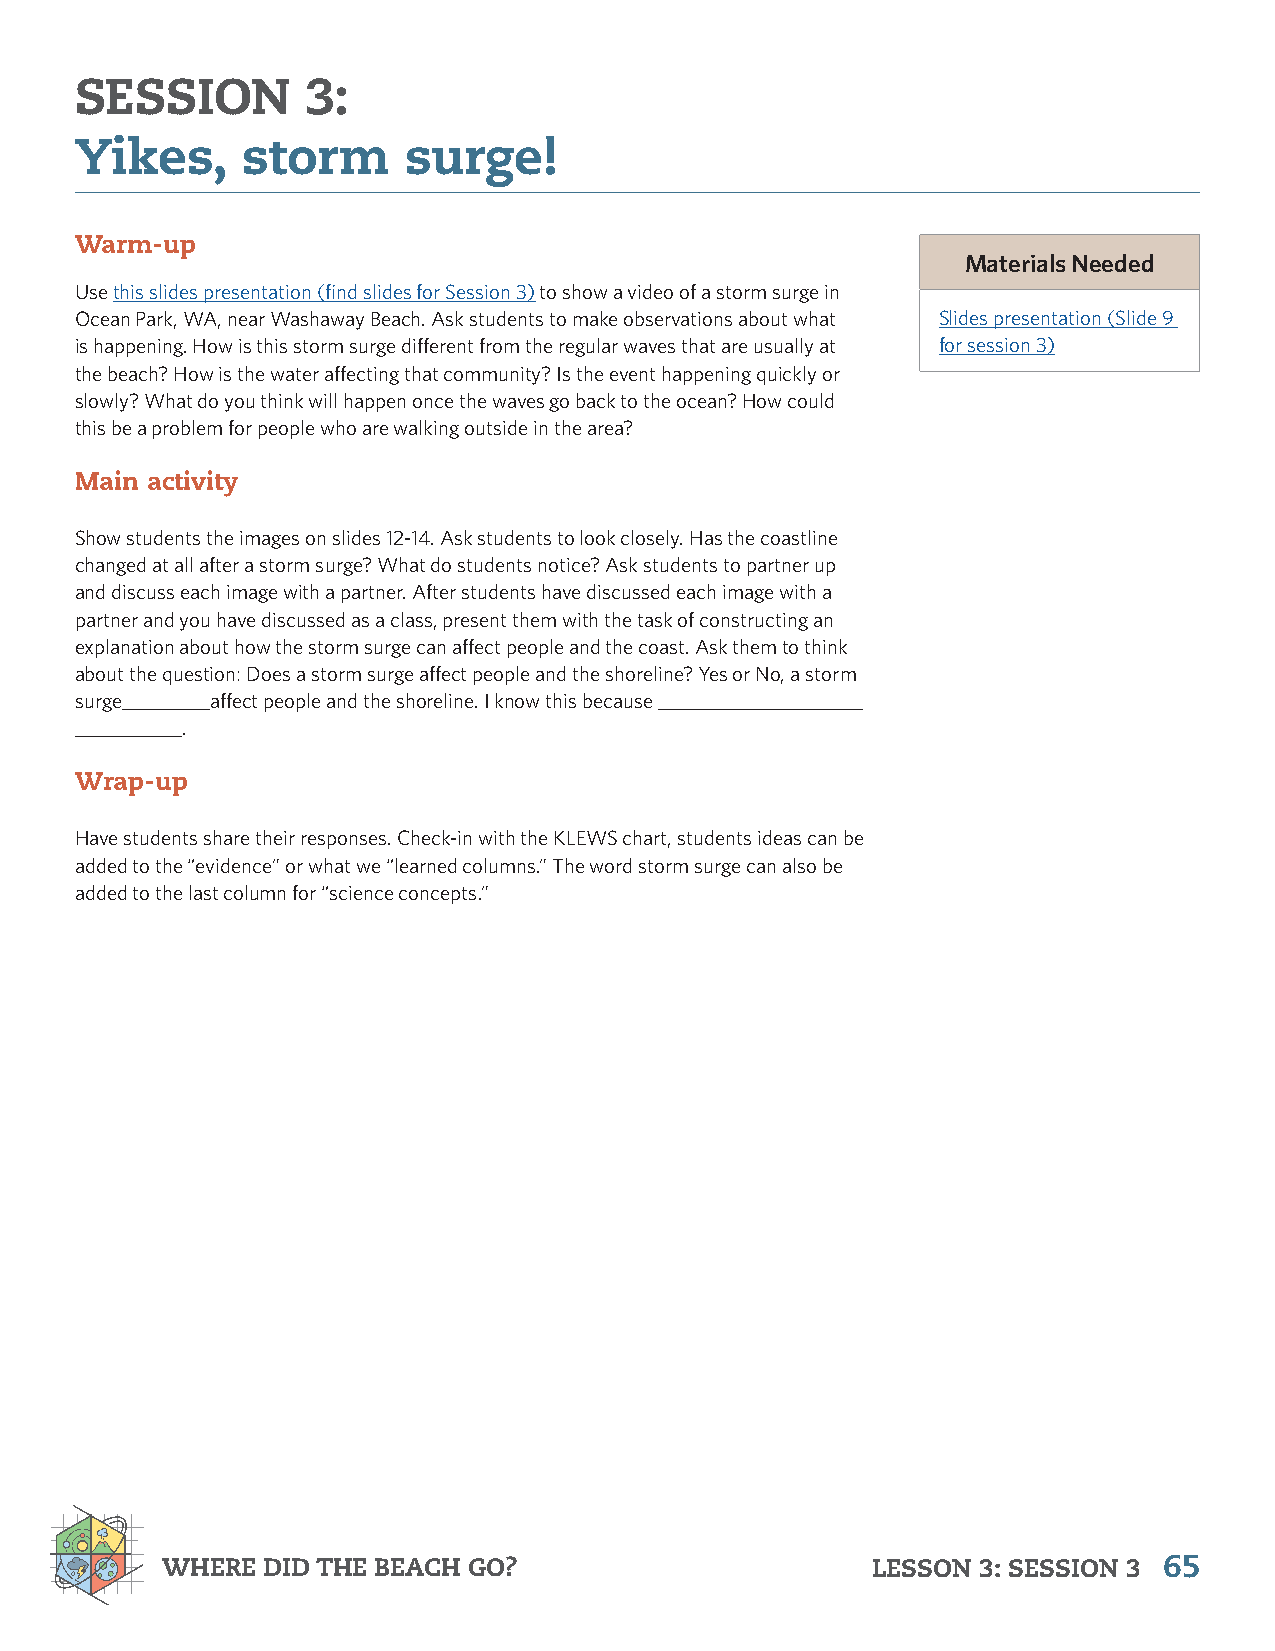
SESSION        3:
 Yikes,     storm      surge!
 Warm-up
 Materials Needed
 Use this slides presentation (find slides for Session 3) to show a video of a storm surge in
 Ocean Park, WA, near Washaway Beach. Ask students to make observations about what Slides presentation (Slide 9
 is happening. How is this storm surge different from the regular waves that are usually at for session 3)
 the beach? How is the water affecting that community? Is the event happening quickly or
 slowly? What do you think will happen once the waves go back to the ocean? How could
 this be a problem for people who are walking outside in the area?
 Main activity
 Show students the images on slides 12-14. Ask students to look closely. Has the coastline
 changed at all after a storm surge? What do students notice? Ask students to partner up
 and discuss each image with a partner. After students have discussed each image with a
 partner and you have discussed as a class, present them with the task of constructing an
 explanation about how the storm surge can affect people and the coast. Ask them to think
 about the question: Does a storm surge affect people and the shoreline? Yes or No, a storm
 surge_________affect people and the shoreline. I know this because _____________________
 ___________.
 Wrap-up
 Have students share their responses. Check-in with the KLEWS chart, students ideas can be
 added to the “evidence” or what we “learned columns.” The word storm surge can also be
 added to the last column for “science concepts.”
 WHERE DID THE BEACH GO?                        LESSON 3: SESSION 3 65